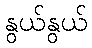
နွယ်နွယ်